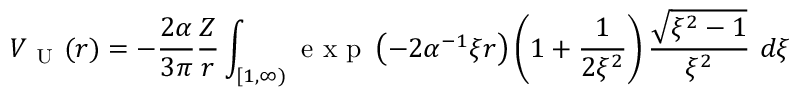
V _ { \mathrm { ~ U ~ } } ( r ) = - \frac { 2 \alpha } { 3 \pi } \frac { Z } { r } \int _ { [ 1 , \infty ) } \mathrm { ~ e ~ x ~ p ~ } \left( - 2 \alpha ^ { - 1 } \xi r \right) \left( 1 + \frac { 1 } { 2 \xi ^ { 2 } } \right) \frac { \sqrt { \xi ^ { 2 } - 1 } } { \xi ^ { 2 } } ~ d \xi